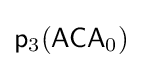
{\mathsf {p}}_{3}({\mathsf {ACA}}_{0})